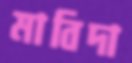
মাবিদা